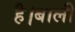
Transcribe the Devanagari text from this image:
है।बाली